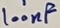
Text: 100nF